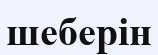
шеберін